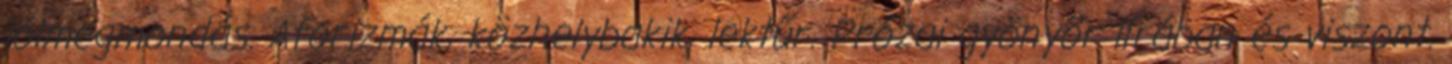
jólmegmondás. Aforizmák, közhelybakik, lektűr. Prózai gyönyör lírában és viszont.